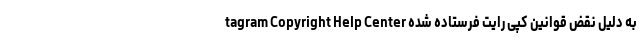
tagram Copyright Help Center به دلیل نقض قوانین کپی رایت فرستاده شده